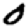
Digit: 0